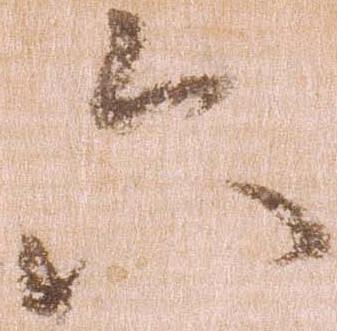
六